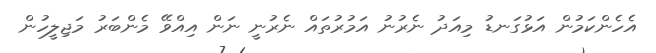
އެހެންކަމުން އަޅުގަނޑު މިއަދު ނެރުނު އަމުރުތައް ނެރުނީ ނަން އިއްވޭ މެންބަރު މަޖިލީހުން